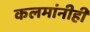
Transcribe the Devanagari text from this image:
कलमांनीही